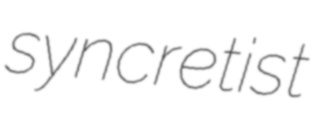
syncretist